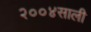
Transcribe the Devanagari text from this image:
२००४साली